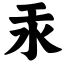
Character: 汞